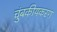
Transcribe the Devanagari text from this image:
चुंबकीयकरण